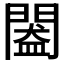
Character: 𨵲